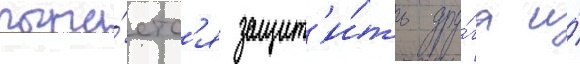
пыта́етс'я защит'и́ть дру́га и́